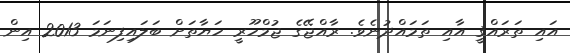
އައި ތަރައްޤީ އާއި ތަމައްދުނެވެ. ރާއްޖޭގެ ޖުމްހޫރީ ހަޔާތަށް ބަލައިފިނަމަ 2013 އިން